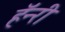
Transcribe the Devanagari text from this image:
हॅन्‍री